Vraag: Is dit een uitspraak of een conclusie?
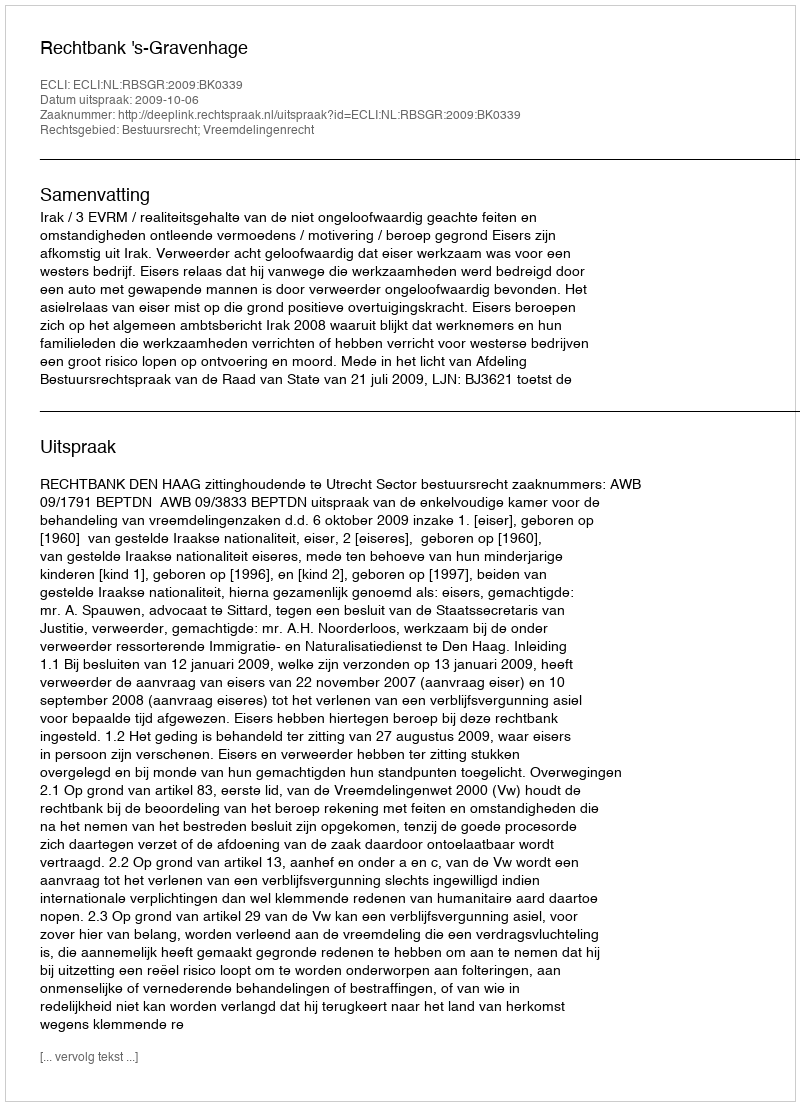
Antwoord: Uitspraak